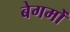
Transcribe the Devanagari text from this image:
बेगमोँ